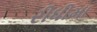
રીધીમા